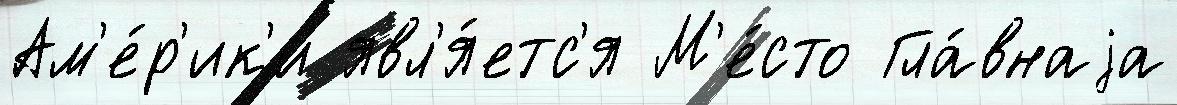
Ам'е́р'ик'и явл'я́етс'я М'е́сто Гла́внаjа